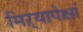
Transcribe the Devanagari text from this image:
मिऱ्यापेक्षां